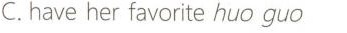
C.have her favorite huo guo